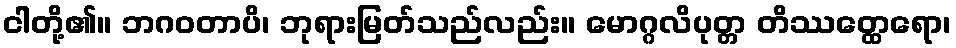
ငါတို့၏။ ဘဂဝတာပိ၊ ဘုရားမြတ်သည်လည်း။ မောဂ္ဂလိပုတ္တ တိဿတ္ထေရော၊